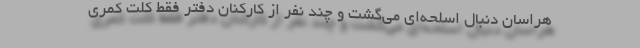
هراسان دنبال اسلحه‌ای می‌گشت و چند نفر از کارکنان دفتر فقط کلت کمری